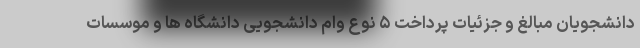
دانشجویان مبالغ و جزئیات پرداخت ۵ نوع وام دانشجویی دانشگاه ها و موسسات